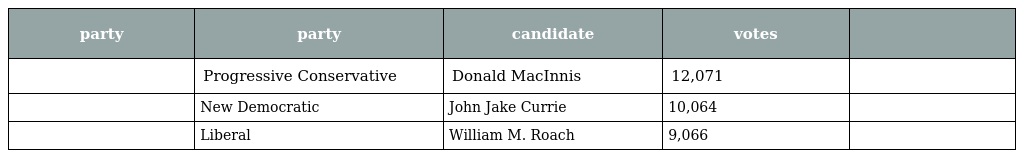
| party | party | candidate | votes |  |
 | --- | --- | --- | --- | --- |
 |  | Progressive Conservative | Donald MacInnis | 12,071 |  |
 |  | New Democratic | John Jake Currie | 10,064 |  |
 |  | Liberal | William M. Roach | 9,066 |  |